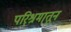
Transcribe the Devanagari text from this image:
परि्श्रमा्तून